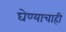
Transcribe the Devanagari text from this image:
घेण्याचाही